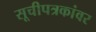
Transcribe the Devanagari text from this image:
सूचीपत्रकांवर